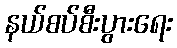
နယ်စပ်စီးပွားရေး